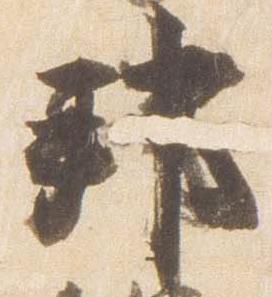
邦